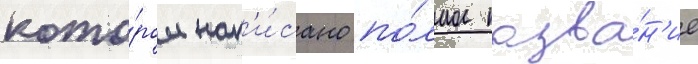
кото́ром нап'и́сано по́лное назва́н'ие